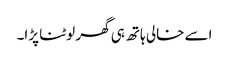
اسے خالی ہاتھ ہی گھر لوٹنا پڑا۔